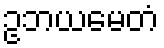
ဥဘယမေတံ